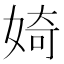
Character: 婍